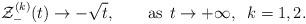
LaTeX: \begin{align*}{\cal Z}_-^{(k)}(t)\to -\sqrt t, \qquad {\hbox{as}} \;\,t\to +\infty, \;\; k=1,2.\end{align*}